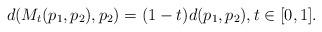
LaTeX: \begin{align*} d(M_t(p_1,p_2),p_2) = (1-t)d(p_1,p_2) , t \in [0,1] . \end{align*}